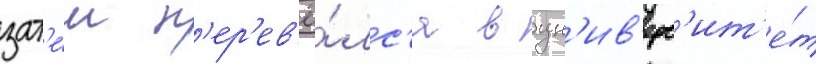
зат'е́м п'ер'ев'ё́лс'я в ун'ив'ерс'ит'е́т